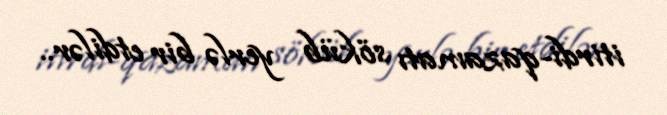
itirdi-qazamatı söküb yerlə bir etdilər..